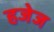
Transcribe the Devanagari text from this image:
हजेज